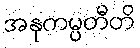
အနုကမ္ပတီတိ